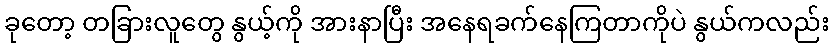
ခုတော့ တခြားလူတွေ နွယ့်ကို အားနာပြီး အနေရခက်နေကြတာကိုပဲ နွယ်ကလည်း